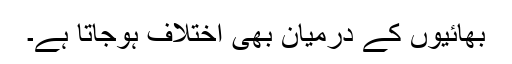
بھائیوں کے درمیان بھی اختلاف ہوجاتا ہے۔